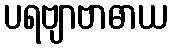
ပရဗျာဗာဓာယ